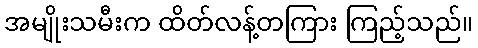
အမျိုးသမီးက ထိတ်လန့်တကြား ကြည့်သည်။